Reports on dispensaries and lunatic asylums in the Province of Oudh - 1869-1876
Year: 1869
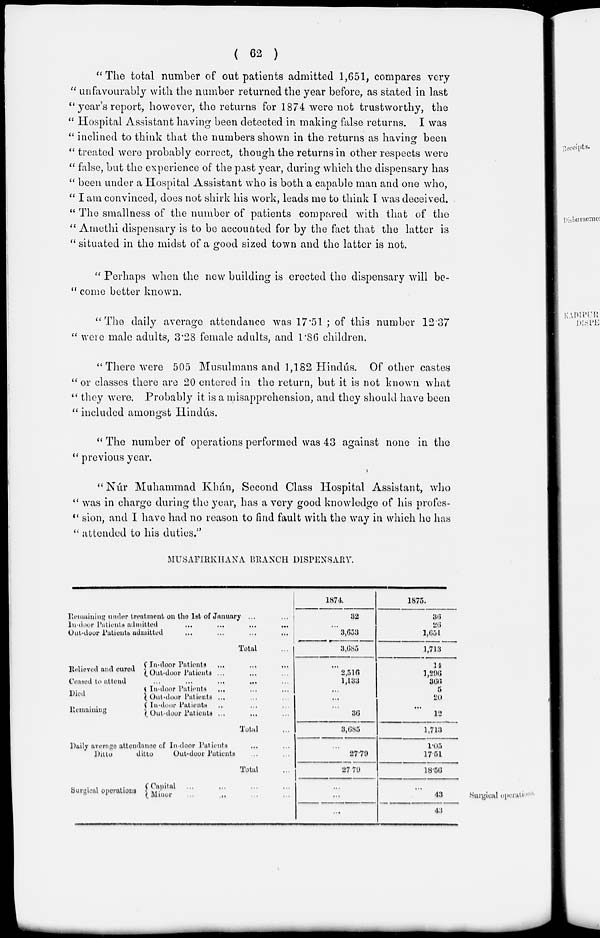
( 62 )
"The total number of out patients admitted 1,651, compares very
" unfavourably with the number returned the year before, as stated in last
" year's report, however, the returns for 1874 were not trustworthy, the
" Hospital Assistant having been detected in making false returns. I was
" inclined to think that the numbers shown in the returns as having been
" treated were probably correct, though the returns in other respects were
" false, but the experience of the past year, during which the dispensary has
" been under a Hospital Assistant who is both a capable man and one who,
" I am convinced, does not shirk his work, leads me to think I was deceived.
" The smallness of the number of patients compared with that of the
" Amethi dispensary is to be accounted for by the fact that the latter is
" situated in the midst of a good sized town and the latter is not.
" Perhaps when the new building is erected the dispensary will be-
" come better known.
"The daily average attendance was 17.51 ; of this number 12.37
" were male adults, 3.28 female adults, and 1.86 children.
"There were 505 Musulmans and 1,182 Hindús. Of other castes
" or classes there are 20 entered in the return, but it is not known what
" they were. Probably it is a misapprehension, and they should have been
" included amongst Hindús.
" The number of operations performed was 43 against none in the
" previous year.
" Núr Muhammad Khán, Second Class Hospital Assistant, who
" was in charge during the year, has a very good knowledge of his profes-
" sion, and I have had no reason to find fault with the way in which he has
" attended to his duties."
MUSAFIRKHANA BRANCH DISPENSARY.
Remaining under treatment on the 1st of January ... ...
In-door Patients admitted
...
...
...
...
Out-door Patients admitted ... ... ... ...
Total ...
Relieved and cured
In-door Patients ... ... ...
Out-door Patients ... ... ...
Ceased to attend ... ... ... ... ...
Died
Remaining
In-door Patients ... ... ...
Out-door Patients ... ... ...
In-door Patients ... ... ...
Out-door Patients ... ... ...
Total ...
Daily average attendance of In-door Patients ... ...
Ditto
ditto
Out-door Patients ... ...
Total ...
1874.
32
...
3,653
3,685
...
2,516
1,133
...
...
...
36
3,685
...
27.79
27.79
1875.
36
26
1,651
1,713
14
1,296
366
5
20
...
12
1,713
1.05
17.51
18.56
Surgical operations.
Surgical operations
Capital ... ... ... ...
Minor ... ... ... ...
...
...
...
...
43
43